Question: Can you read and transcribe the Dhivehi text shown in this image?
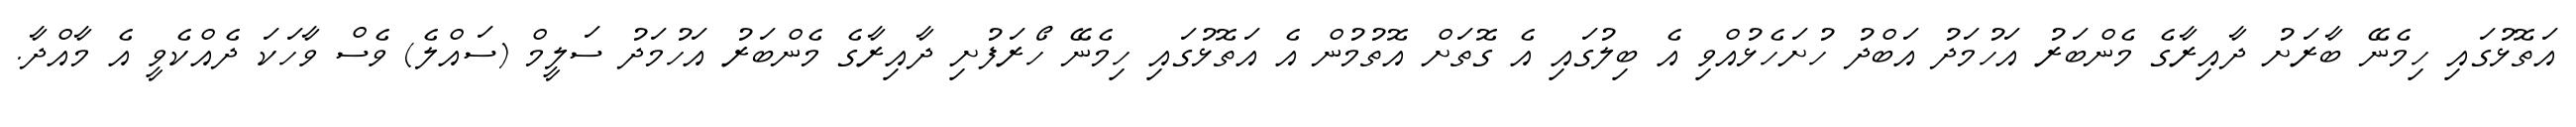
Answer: އަތޮޅުގައި ހިމެނޭ ބާރަށު ދާއިރާގެ މެންބަރު އަހުމަދު އަބްދު ހުށަހެޅުއްވި އެ ބިލުގައި އެ ގޮތަށް އޮތުމުން އެ އަތޮޅުގައި ހިމެނޭ ހޯރަފުށި ދާއިރާގެ މެންބަރު އަހުމަދު ސަލީމް (ސައްލެ) ވެސް ވާހަކަ ދެއްކެވީ އެ މާއްދާ.